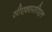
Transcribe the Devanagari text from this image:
सीएक्ससीएल